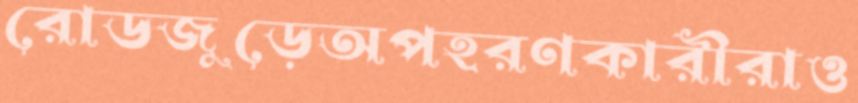
রোডজুড়েঅপহরণকারীরাও